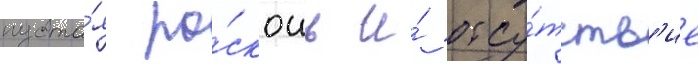
пуста́я ро́скошь и́ отсу́тств'ие